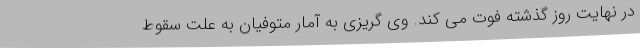
در نهایت روز گذشته فوت می کند. وی گریزی به آمار متوفیان به علت سقوط